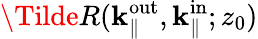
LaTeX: \Tilde{R}({\mathbf{k}_{\parallel}^{\mathrm{out}}},\mathbf{k}_{\parallel}^{\mathrm{in}};{z_{0}})